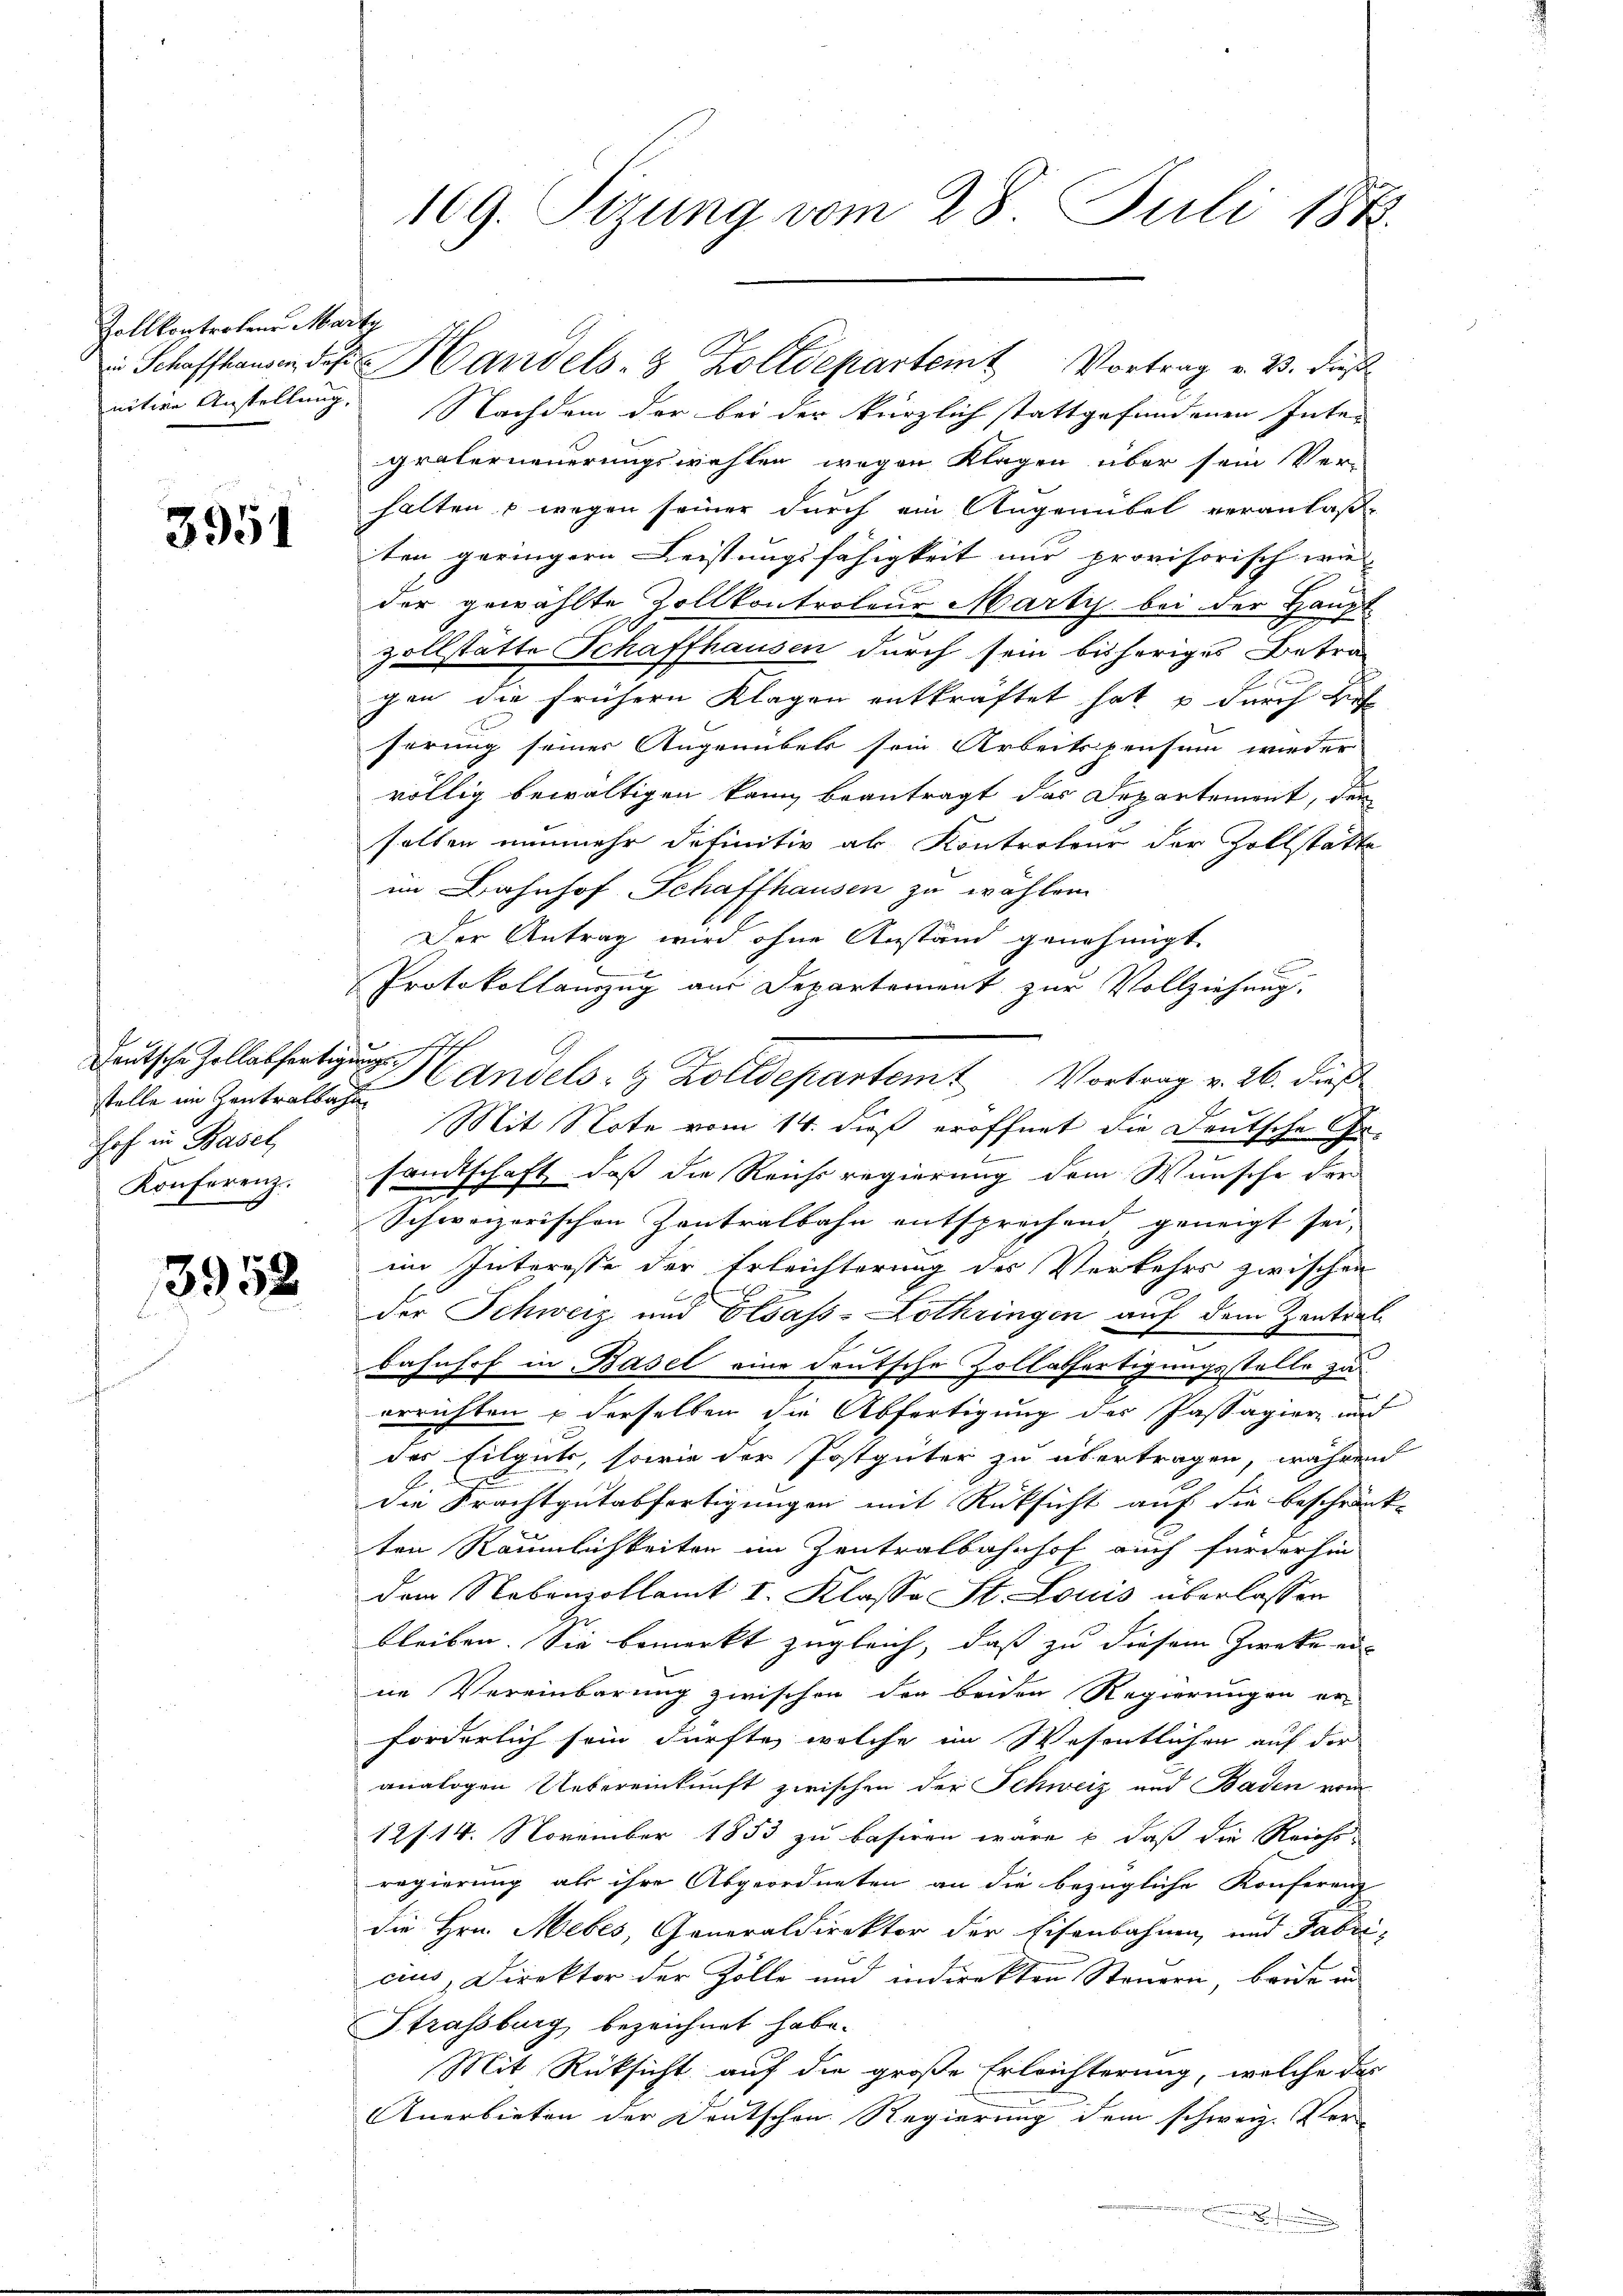
Zollkontrolens Marty
nitive Anstellung,

3951

Deutsche Zollabfertigungsstelle im Zentralbahn
hof in Basel,
Konferenz.

3952

Nachdem der bei der kürzlich stattgefundenen Inter
gralerneuerungswahlen wegen Klagen über sein Ver-
halten & wegen seiner durch ein Angenübel veranlaße
ten geringern Leistungsfähigkeit nur provisorisch wie
der gewählte Zollkontroleur Marty bei der Haupt
zollstätte Schaffhausen durch sein bisheriges Betra-
gen die frühern Klagen entkräftet hat u durch Bef
ferung seiner Angenübels sein Arbeitspensum wieder
völlig bewältigen kann beantragt das Departement, den
selben nunmehr definitiv ab Kontroleur der Zollstatte
im Bahnhof Schaffhausen zu wählen
Der Antrag wird ohne Anstand genehmigt.
Protokollamzug aus Departement zur Vollziehung.
Handels- & Zolldepartemt Vortrag v. 26. dieß
Mit Note vom 14. dieß eröffnet die Deutsche Ge-
sandtschaft, daß die Reichsregierung dem Wunsche der
2
Schweizerischen Zentralbahn entsprechend, geneigt sei,
im Interesse der Erleichterung des Verkehrs zwischen
.
der Schweiz und Elsass-Lothringen auf dem Zentral-
Bahnhof in Basel eine deutsche Zollabfertigungsstelle zu
errichten & derselben die Abfertigung des Passagier und
des Eilguts, sowie der Postgüter zu übertragen, während
die Frachtgutabfertigungen mit Rücksicht auf die beschränk-
ten Räumlichkeiten im Zentralbahnhof auch für der hin
dem Nebenzollamt I. Klasse St. Louis überlassen
bleiben. Sie bemerkt zugleich, daß zu diesem Zwecke ein
ne Vereinbarung zwischen der beiden Regierungen er-
forderlich sein dürfte, welche im Wesentlichen auf der
analogen Uebereinkunft zwischen der Schweiz und Baden vom
12 f. 14. November 1853 zu basiren wäre & daß die Reichs-
regierung als ihre Abgeordneten an die bezügliche Konferenz
die Hrn. Mebes, Generaldirektor der Eisenbahnen, und Fabricius, Direktor der Zolle und indirekten Steuern, beide in
Strassburg bezeichnet habe.
Mit Rücksicht auf die große Erleichterung, welche das
Anerbieten der Deutschen Regierung dem schweiz. Vor-
.

J
9
A
109. Sizung vom 25. Juli 1873.

i Schaffhause des Handels- & Zolldeparteit Vortrag v. B. dieß